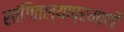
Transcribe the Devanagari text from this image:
सांगितल्याप्रमाणें